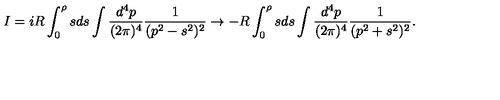
I = i R \int _ { 0 } ^ { \rho } s d s \int \frac { d ^ { 4 } p } { ( 2 \pi ) ^ { 4 } } \frac { 1 } { ( p ^ { 2 } - s ^ { 2 } ) ^ { 2 } } \rightarrow - R \int _ { 0 } ^ { \rho } s d s \int \frac { d ^ { 4 } p } { ( 2 \pi ) ^ { 4 } } \frac { 1 } { ( p ^ { 2 } + s ^ { 2 } ) ^ { 2 } } .